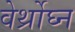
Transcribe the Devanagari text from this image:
वेर्थ्रोघ्न